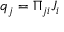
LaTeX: q _ { j } = \Pi _ { j i } J _ { i }